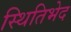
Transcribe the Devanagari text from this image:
स्थितिभेद